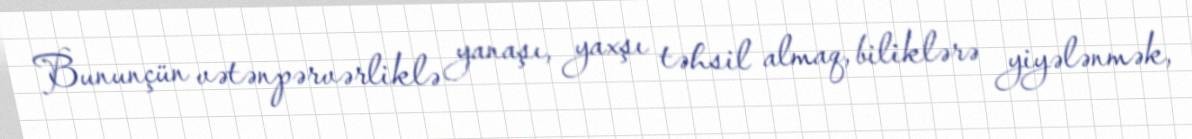
Bununçün vətənpərvərliklə yanaşı, yaxşı təhsil almaq, biliklərə yiyələnmək,